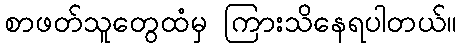
စာဖတ်သူတွေထံမှ ကြားသိနေရပါတယ်။